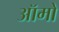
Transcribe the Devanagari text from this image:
ऑमो